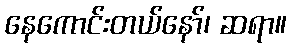
နေကောင်းတယ်နော်၊ ဆရာ။